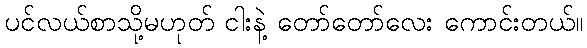
ပင်လယ်စာသို့မဟုတ် ငါးနဲ့ တော်တော်လေး ကောင်းတယ်။